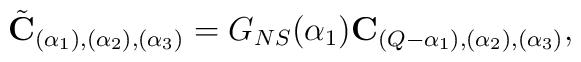
\tilde{{\bf C}}_{(\alpha _1),(\alpha _2),(\alpha _3)}=G_{NS}(\alpha _1){\bf C}_{(Q-\alpha _1),(\alpha _2),(\alpha _3)},